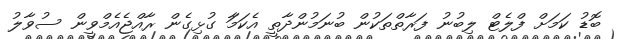
ބޮޑު ކަމަށް ފްލެޓް ލިބުނު ފަރާތްތަކުން ބުނަމުންދާތީ އެކަމަާ ގުޅިގެން ރާއްޖެއެމްވީން ސުވާލު